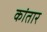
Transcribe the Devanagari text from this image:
कांतार